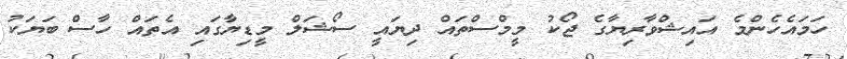
ހަމައެހެންމެ އައިޝްވާރިޔާގެ ޖޯކު މީމްސްތައް ދިޔައީ ސޯޝަލް މީޑިޔާގައި އެތައް ހާސް ބަޔަކު